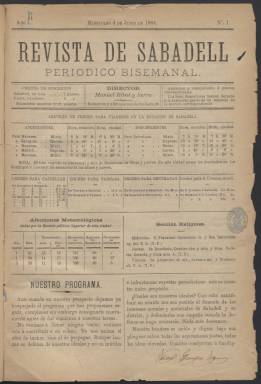
Título: Revista de Sabadell
Colección: Periódicos
Ámbito geográfico: Barcelona
Lugar de publicación: Sabadell (Barcelona)
Fechas: 04/06/1884-28/12/1884